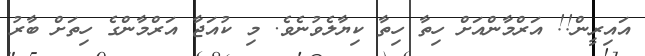
އައިރީން!! އަރްމާންއަށް ހިތާ ހިތާ ކިޔާލެވުނެވެ. މި ކުއަޖާ އަރްމާންގެ ހިތަށް ބާރު